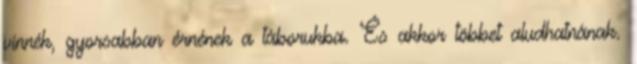
vinnék, gyorsabban érnének a táborukba. És akkor többet aludhatnának.